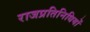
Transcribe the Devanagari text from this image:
राजप्रतिनिधियों